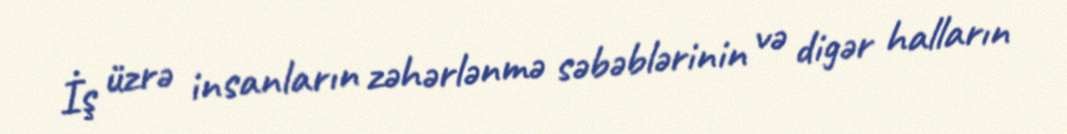
İş üzrə insanların zəhərlənmə səbəblərinin və digər halların